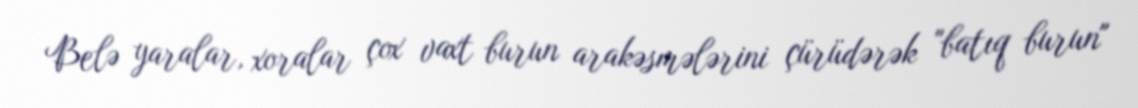
Belə yaralar, xoralar çox vaxt burun arakəsmələrini çürüdərək "batıq burun"